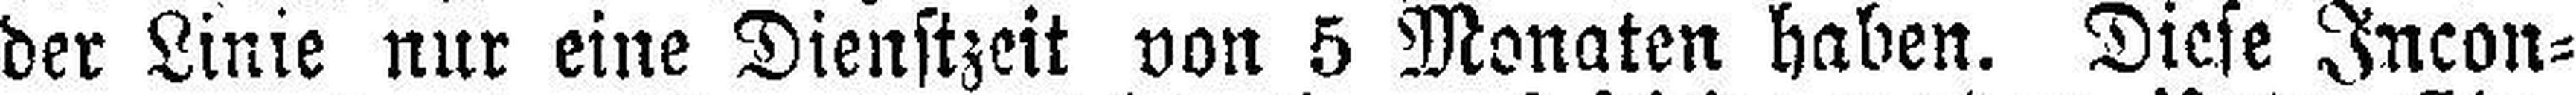
der Linie nur eine Dienstzeit von 5 Monaten haben. Diese Incon¬